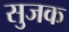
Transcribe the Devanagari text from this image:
सुजक